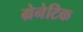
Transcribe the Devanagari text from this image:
ग्रेनेटिक